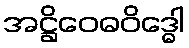
အဋ္ဌိဝေဓဝိဒ္ဓေါ